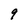
Character: 9